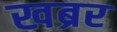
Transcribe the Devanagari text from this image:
खब्रर